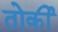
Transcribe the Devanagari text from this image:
तोर्की